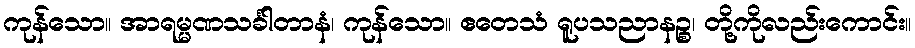
ကုန်သော။ အာရမ္မဏသင်္ခါတာနံ၊ ကုန်သော။ ဧတေသံ ရူပသညာနဉ္စ၊ တို့ကိုလည်းကောင်း။